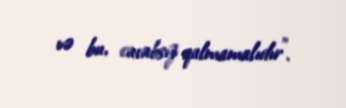
və bu, cavabsız qalmamalıdır”.